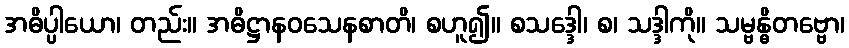
အဓိပ္ပါယော၊ တည်း။ အဓိဋ္ဌာနဝသေနစာတိ၊ စဟူ၍။ စသဒ္ဒေါ၊ စ၊ သဒ္ဒါကို။ သမ္ဗန္ဓိတဗ္ဗော၊